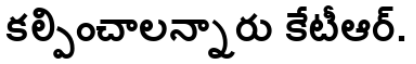
కల్పించాలన్నారు కేటీఆర్.